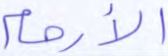
الأرحام